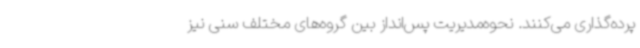
پرده‌گذاری می‌کنند. نحوه‌مدیریت پس‌انداز بین گروه‌های مختلف سنی نیز